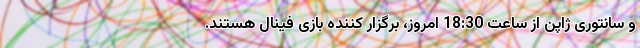
و سانتوری ژاپن از ساعت 18:30 امروز، برگزار کننده بازی فینال هستند.